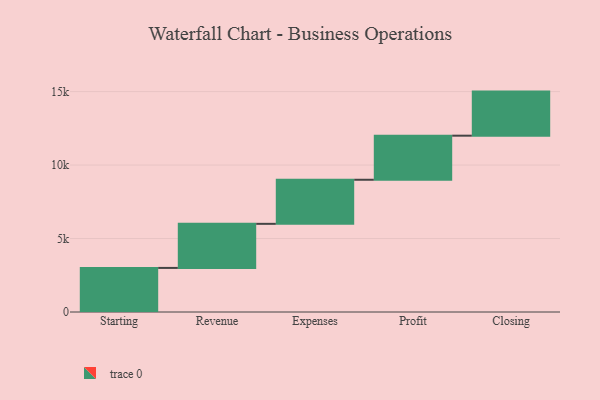
{"axis": {"x": "Step", "y": "Value"}, "legend": [""], "data": [{"x": "Starting", "y": 3000, "type": ""}, {"x": "Revenue", "y": 3000, "type": ""}, {"x": "Expenses", "y": 3000, "type": ""}, {"x": "Profit", "y": 3000, "type": ""}, {"x": "Closing", "y": 3000, "type": ""}]}